Civil Veterinary Department Bihar & Orissa reports 1929-36 - 1929-1936
Year: 1929
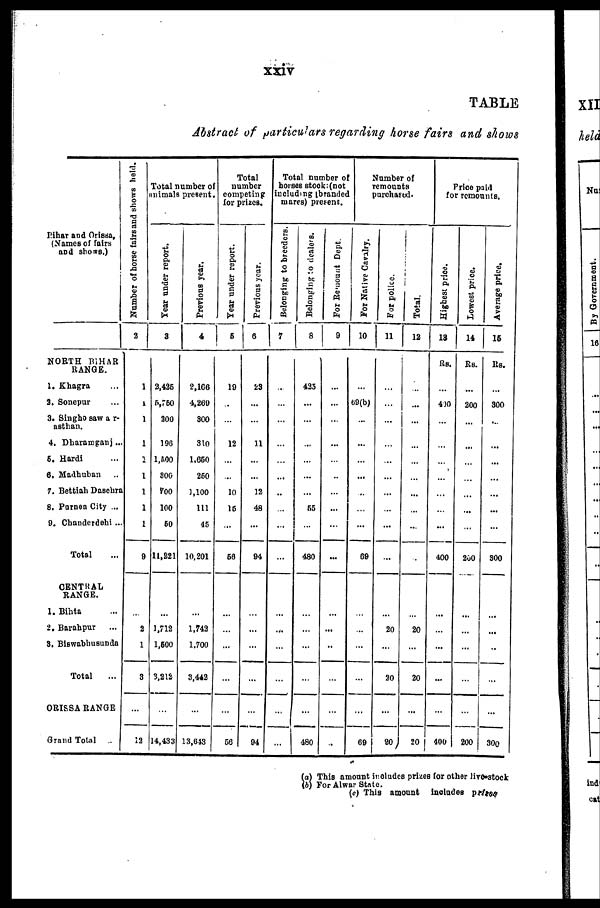
xxiv
TABLE
distract of particulars regarding horse fairs and shows
Bihar and Orissa,
(Names of fairs
and shows.)
NORTH BIHAR
RANGE.
1. Khagra ...
2. Sonepur ...
3. Singho sawar-
asthan.
4. Dharamganj ...
6. Hardi ...
6. Madhuban ...
7. Bettiah Dasehra
8. Parnea City ...
0. Chanderdehi ...
Total ...
CENTRAL
RANGE.
1. Bihta ...
2. Borahpur ...
9, Biswobhusunds
Total ...
ORISSA RANGE
Grand Total ...
Number of horse fairs and shows held.
2
1
1
1
1
1
1
1
1
1
9
2
1
3
...
12
Total number of
animals present
Year under report.
3
2,436
5,750
200
196
1,500
800
100
100
60
11,221
...
1,712
1,600
3,212
...
14,433
Previous year.
4
2,166
4,260
300
310
1.660
250
1,100
111
45
10,201
...
1,743
1.700
3,442
...
13,648
Total
number
competing
for prizes.
Year
under report.
5
10
...
...
12
...
...
10
16
...
66
...
...
...
...
...
56
Previous year.
6
28
...
...
11
...
...
12
48
...
94
...
...
...
...
...
94
Total number of
horses stock:(not
including (branded
mares) present.
Belonging to breeders.
7
...
...
...
...
...
...
...
...
...
...
...
...
...
...
...
Belonging to dealers.
8
435
...
...
...
...
...
...
66
...
480
...
...
...
480
For Remount Dept
9
...
...
...
...
...
...
...
...
...
...
...
...
...
...
...
Number of
remounts
purchased.
For Native Cavalry.
10
...
69(b)
...
...
...
...
..
...
...
69
...
...
...
...
...
69
For police.
11
...
...
...
...
...
...
...
...
...
...
...
20
...
30
...
20
Total.
12
...
...
...
...
...
...
...
...
...
...
...
20
...
20
...
20
Price paid
for remounts.
Highest price.
13
Rs.
...
410
...
...
...
...
...
...
...
400
...
...
...
...
...
400
Lowest price.
14
Rs.
...
200
...
...
...
...
...
...
...
200
...
...
...
...
...
200
Average price.
15
Rs.
...
300
...
...
...
...
...
...
...
300
...
...
..
...
...
300
(a) This amount includes prizes for other live stock
(b) For Alwar State.
(c) This amount includes prizes.